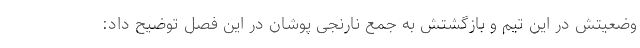
وضعیتش در این تیم و بازگشتش به جمع نارنجی پوشان در این فصل توضیح داد: